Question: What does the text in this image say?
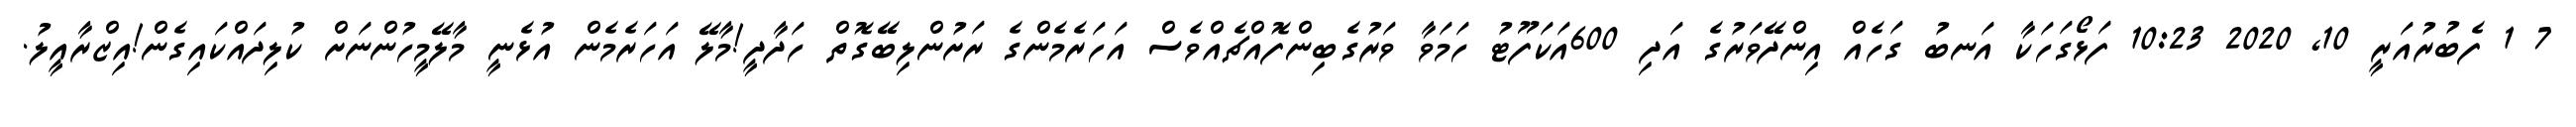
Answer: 7 1 ފެބުރުއަރީ 10, 2020 10:23 ފަޅޯގަހަކާ އަނބު ގަހެއް އިންދޭވަރުގެ އަދި 600އަކަފޫޓު ހަމަވާ ވަރުގެބިންފޮއްޗެއްވެސް އަހަރެމެންގެ ރަށުންލިބޭގޮތް ހަދާދީ!މާލޭ އަހަރެމެން އުޅެނީ މާލޭމީހުންނަށް ކުލިދައްކައިގެން!އިޒްރާއީލު.